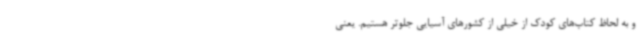
و به لحاظ کتاب‌های کودک از خیلی از کشورهای آسیایی جلوتر هستیم. یعنی